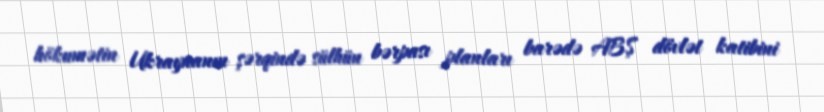
hökumətin Ukraynanın şərqində sülhün bərpası planları barədə ABŞ dövlət katibini